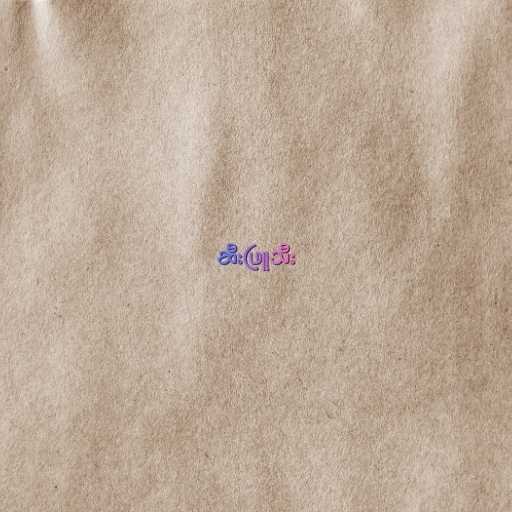
ဆီးဖြူသီး